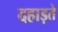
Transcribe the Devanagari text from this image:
दहाड़ते